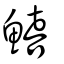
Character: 鱚